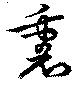
裏